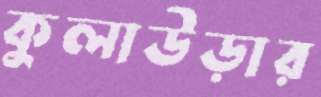
কুলাউড়ার